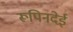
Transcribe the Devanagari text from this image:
रूपिनदेई